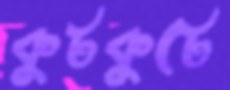
কুটকুটে